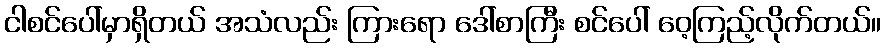
ငါစင်ပေါ်မှာရှိတယ် အသံလည်း ကြားရော ဒေါ်စာကြီး စင်ပေါ် ဝေ့ကြည့်လိုက်တယ်။